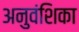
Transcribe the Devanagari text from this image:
अनुवंशिका